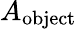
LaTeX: A_{\textrm{object}}